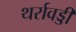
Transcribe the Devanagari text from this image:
थर्रावड्डी